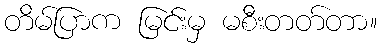
တိမ်ပြာက မြင်းမှ မစီးတတ်တာ။